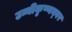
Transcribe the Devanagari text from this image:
उन्नीकृष्णन्‌वर